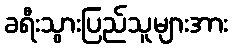
ခရီးသွားပြည်သူများအား